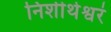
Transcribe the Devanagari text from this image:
निशीथेश्वरं